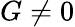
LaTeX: G\neq 0